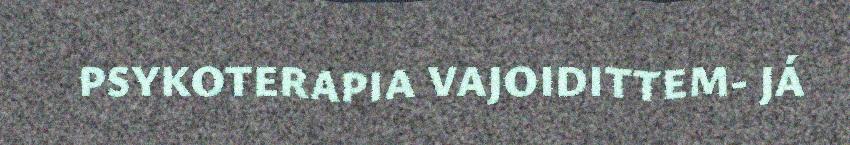
PSYKOTERAPIA VAJOIDITTEM- JÁ